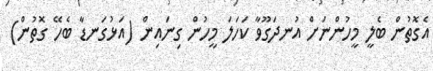
އެގޮތުން ބެލީ މީހުންނަށް އުނދަގޫވާ ކަހަލަ މީހުން ގިނައިން (އަޅުގަނޑާ ބެހޭ ގޮތުން)